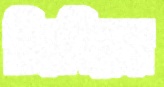
চিরনিদ্রার